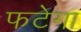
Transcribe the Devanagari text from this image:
फटेगा